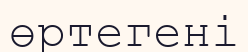
өртегені